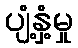
ပျံ့နှံ့မှု